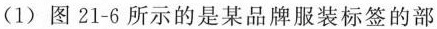
(1)图21-6所示的是某品牌服装标签的部